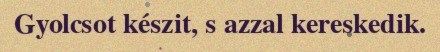
Gyolcsot készit, s azzal kereskedik.